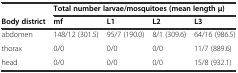
<table><thead><tr><td></td><td colspan="4"><b>Total number larvae/mosquitoes (mean length μ)</b></td></tr><tr><td><b>Body district</b></td><td><b>mf</b></td><td><b>L1</b></td><td><b>L2</b></td><td><b>L3</b></td></tr></thead><tbody><tr><td>abdomen</td><td>148/12 (301.5)</td><td>95/7 (190.0)</td><td>8/1 (309.6)</td><td>64/16 (986.5)</td></tr><tr><td>thorax</td><td>0/0</td><td>0/0</td><td>0/0</td><td>11/7 (889.6)</td></tr><tr><td>head</td><td>0/0</td><td>0/0</td><td>0/0</td><td>15/8 (932.1)</td></tr></tbody></table>